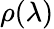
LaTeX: \rho(\lambda)